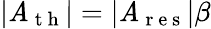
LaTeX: |\mathit{A}_{\mathrm{{~t~h~}}}|=|\mathit{A}_{\mathrm{{~r~e~s~}}}|\beta